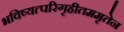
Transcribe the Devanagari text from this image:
भविष्यत्परिगृहीतममृतेन